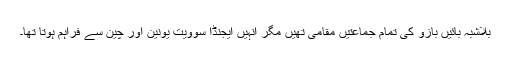
بلاشبہ بائیں بازو کی تمام جماعتیں مقامی تھیں مگر انہیں ایجنڈا سوویت یونین اور چین سے فراہم ہوتا تھا۔